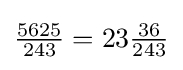
{\tfrac {5625}{243}}=23{\tfrac {36}{243}}